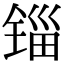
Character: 锱